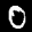
Label: 0